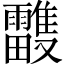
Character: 𩁦